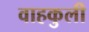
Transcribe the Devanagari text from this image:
वाहकुली